system: You are a helpful assistant.
user:
Analyze the provided spectrum to determine if it is a **S-type Star**.

- **Key Indicators for S-type Star:**

    - **(Overall Spectrum Shape):** The first and most obvious characteristic is the overall continuum (the "baseline" shape). It is **extremely "red-sloping,"** meaning the flux (light intensity) is very low on the left side (blue, ~4000-4500 Å) and rises steeply and continuously toward the right side (red, ~7000 Å+).

    - **(Primary):** The spectrum is defined by the presence of strong, broad molecular absorption "valleys" (bands) from **Zirconium Oxide (ZrO)**. The identification of these bands is the **primary requirement** for classifying a star as S-type.
        - **(Key Bandheads):** You must find distinct, deep "dips" where the light has been absorbed. The most critical band systems to locate are:
            - **~6474 Å** ($\gamma$-system): This is often the strongest and clearest ZrO feature, found in the red part of the spectrum.
            - **~5718 Å** & **~5551 Å** ($\beta$-system): A pair of prominent absorption features in the yellow-orange part of the spectrum.
            - **~4640 Å** ($\alpha$-system): A key absorption band system in the blue-green region of the spectrum.

    - **(Secondary Confirmation):** The classification is strengthened by finding additional absorption bands from other related heavy element oxides, which are expected to be present alongside ZrO.
        - **(Key Bandheads):**
            - **Yttrium Oxide (YO):** Look for absorption dips near **~4800 Å** and **~6100 Å**.
            - **Lanthanum Oxide (LaO):** Additional absorption features, particularly in the red-orange part of the spectrum, are also characteristic.

    - **(Line Profile):** The combination of the steep red continuum and these numerous, deep molecular bands (ZrO, YO, etc.) gives the entire spectrum a very **"chopped-up"** or **"bumpy"** appearance. Instead of a smooth curve, the spectrum looks as though large, wide chunks of light have been "carved out" of it at the specific wavelengths listed above.

Think first, call **spectral_visualization_tool** if needed to examine features in detail, then provide your final answer. Your response must adhere to the following strict rules:
1.  **Overall Structure:** Your response must follow the format `<think>...</think> <tool_call>...</tool_call> (if a tool is used) <answer>...</answer>`.
2.  **Tool Usage Constraint:** You may only make **one** tool call per turn.
3.  **Final Answer Format:** In the `<answer>` tag, your conclusion must be inside a `\boxed{}` command (e.g., `\boxed{YES}` or `\boxed{NO}`), followed by your justification.

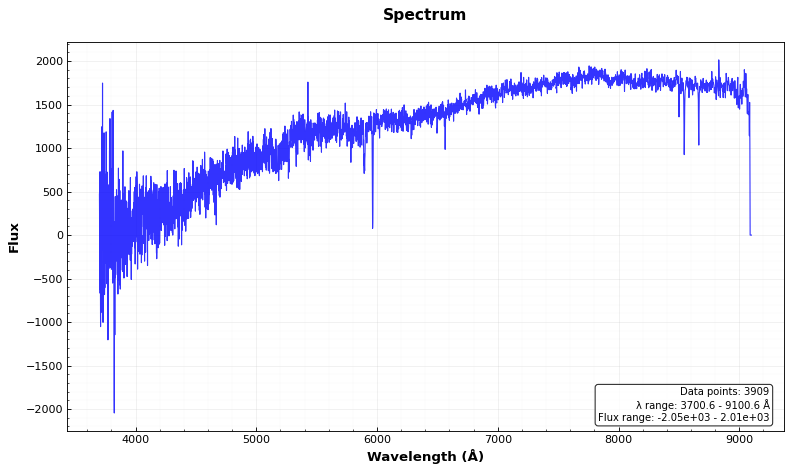
Answer: NO